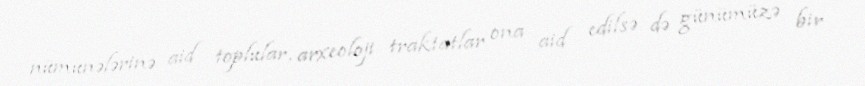
nümunələrinə aid toplular, arxeoloji traktatlar ona aid edilsə də günümüzə bir